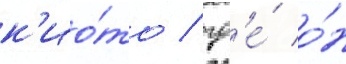
к'ио́то / гд'е́ о́н